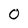
Character: 0